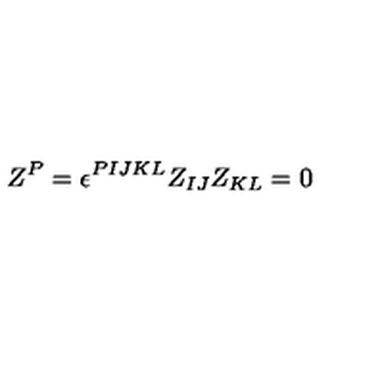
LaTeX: Z ^ { P } = \epsilon ^ { P I J K L } Z _ { I J } Z _ { K L } = 0